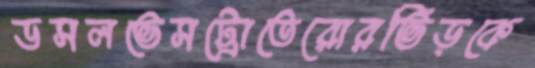
ডসলভেসট্রোতেরোরভিড়কে